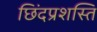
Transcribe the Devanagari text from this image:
छिंदप्रशस्ति